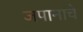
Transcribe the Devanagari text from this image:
जपानाचे